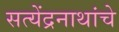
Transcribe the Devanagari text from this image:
सत्येंद्रनाथांचे